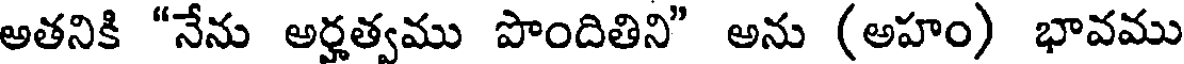
అతనికి "నేను అర్హత్వము పొందితిని" అను (అహం) భావము